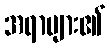
အရာများ၏